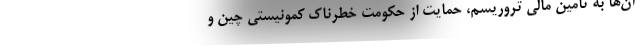
آن‌ها به تامین مالی تروریسم، حمایت از حکومت خطرناک کمونیستی چین و